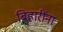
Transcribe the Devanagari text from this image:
बिहारींना